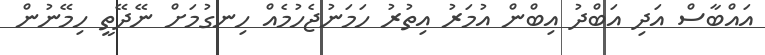
އައްބާސް އަދި އަބްދު އިބްން އުމަރު އިތުރު ހަމަނުޖެހުމެއް ހިނގުމަށް ނޭދޭތީ ހިމޭނުން